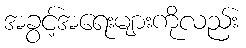
အခွင့်အရေးများကိုလည်း